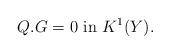
LaTeX: \begin{align*}Q.G=0 \,\, {\rm in}\,\, K^1(Y).\end{align*}